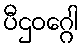
ပီဌဝဂ္ဂေါ